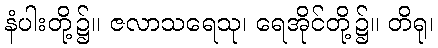
နံပါးတို့၌။ ဇလာသရေသု၊ ရေအိုင်တို့၌။ တိရု၊